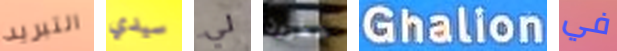
التبريد سيدي لي خطرون Ghalion في